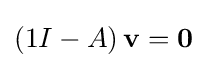
\left(1I-A\right)\mathbf {v} =\mathbf {0}